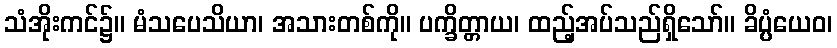
သံအိုးကင်၌။ မံသပေသိယာ၊ အသားတစ်ကို။ ပက္ခိတ္တာယ၊ ထည့်အပ်သည်ရှိသော်။ ခိပ္ပံယေဝ၊